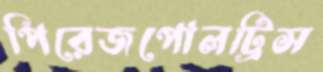
পিরেজপোলট্রিস